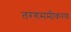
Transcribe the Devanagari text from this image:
तरंगसमीकरण